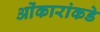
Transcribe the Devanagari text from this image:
ओंकारांकडे